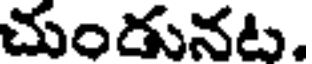
చుండునట.